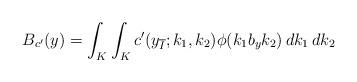
LaTeX: \begin{align*}B_{c'}(y)=\int_{K}\int_{K} c'(y_{\overline{I}};k_1,k_2)\phi(k_1b_yk_2)\,dk_1\,dk_2\end{align*}